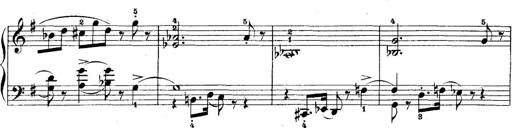
Title: 5 Sonatinas
Composer: Theodor Kirchner